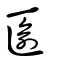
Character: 匬